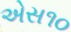
એસ૧૦